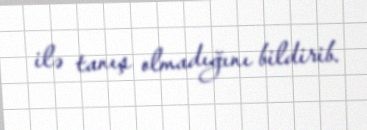
ilə tanış olmadığını bildirib.